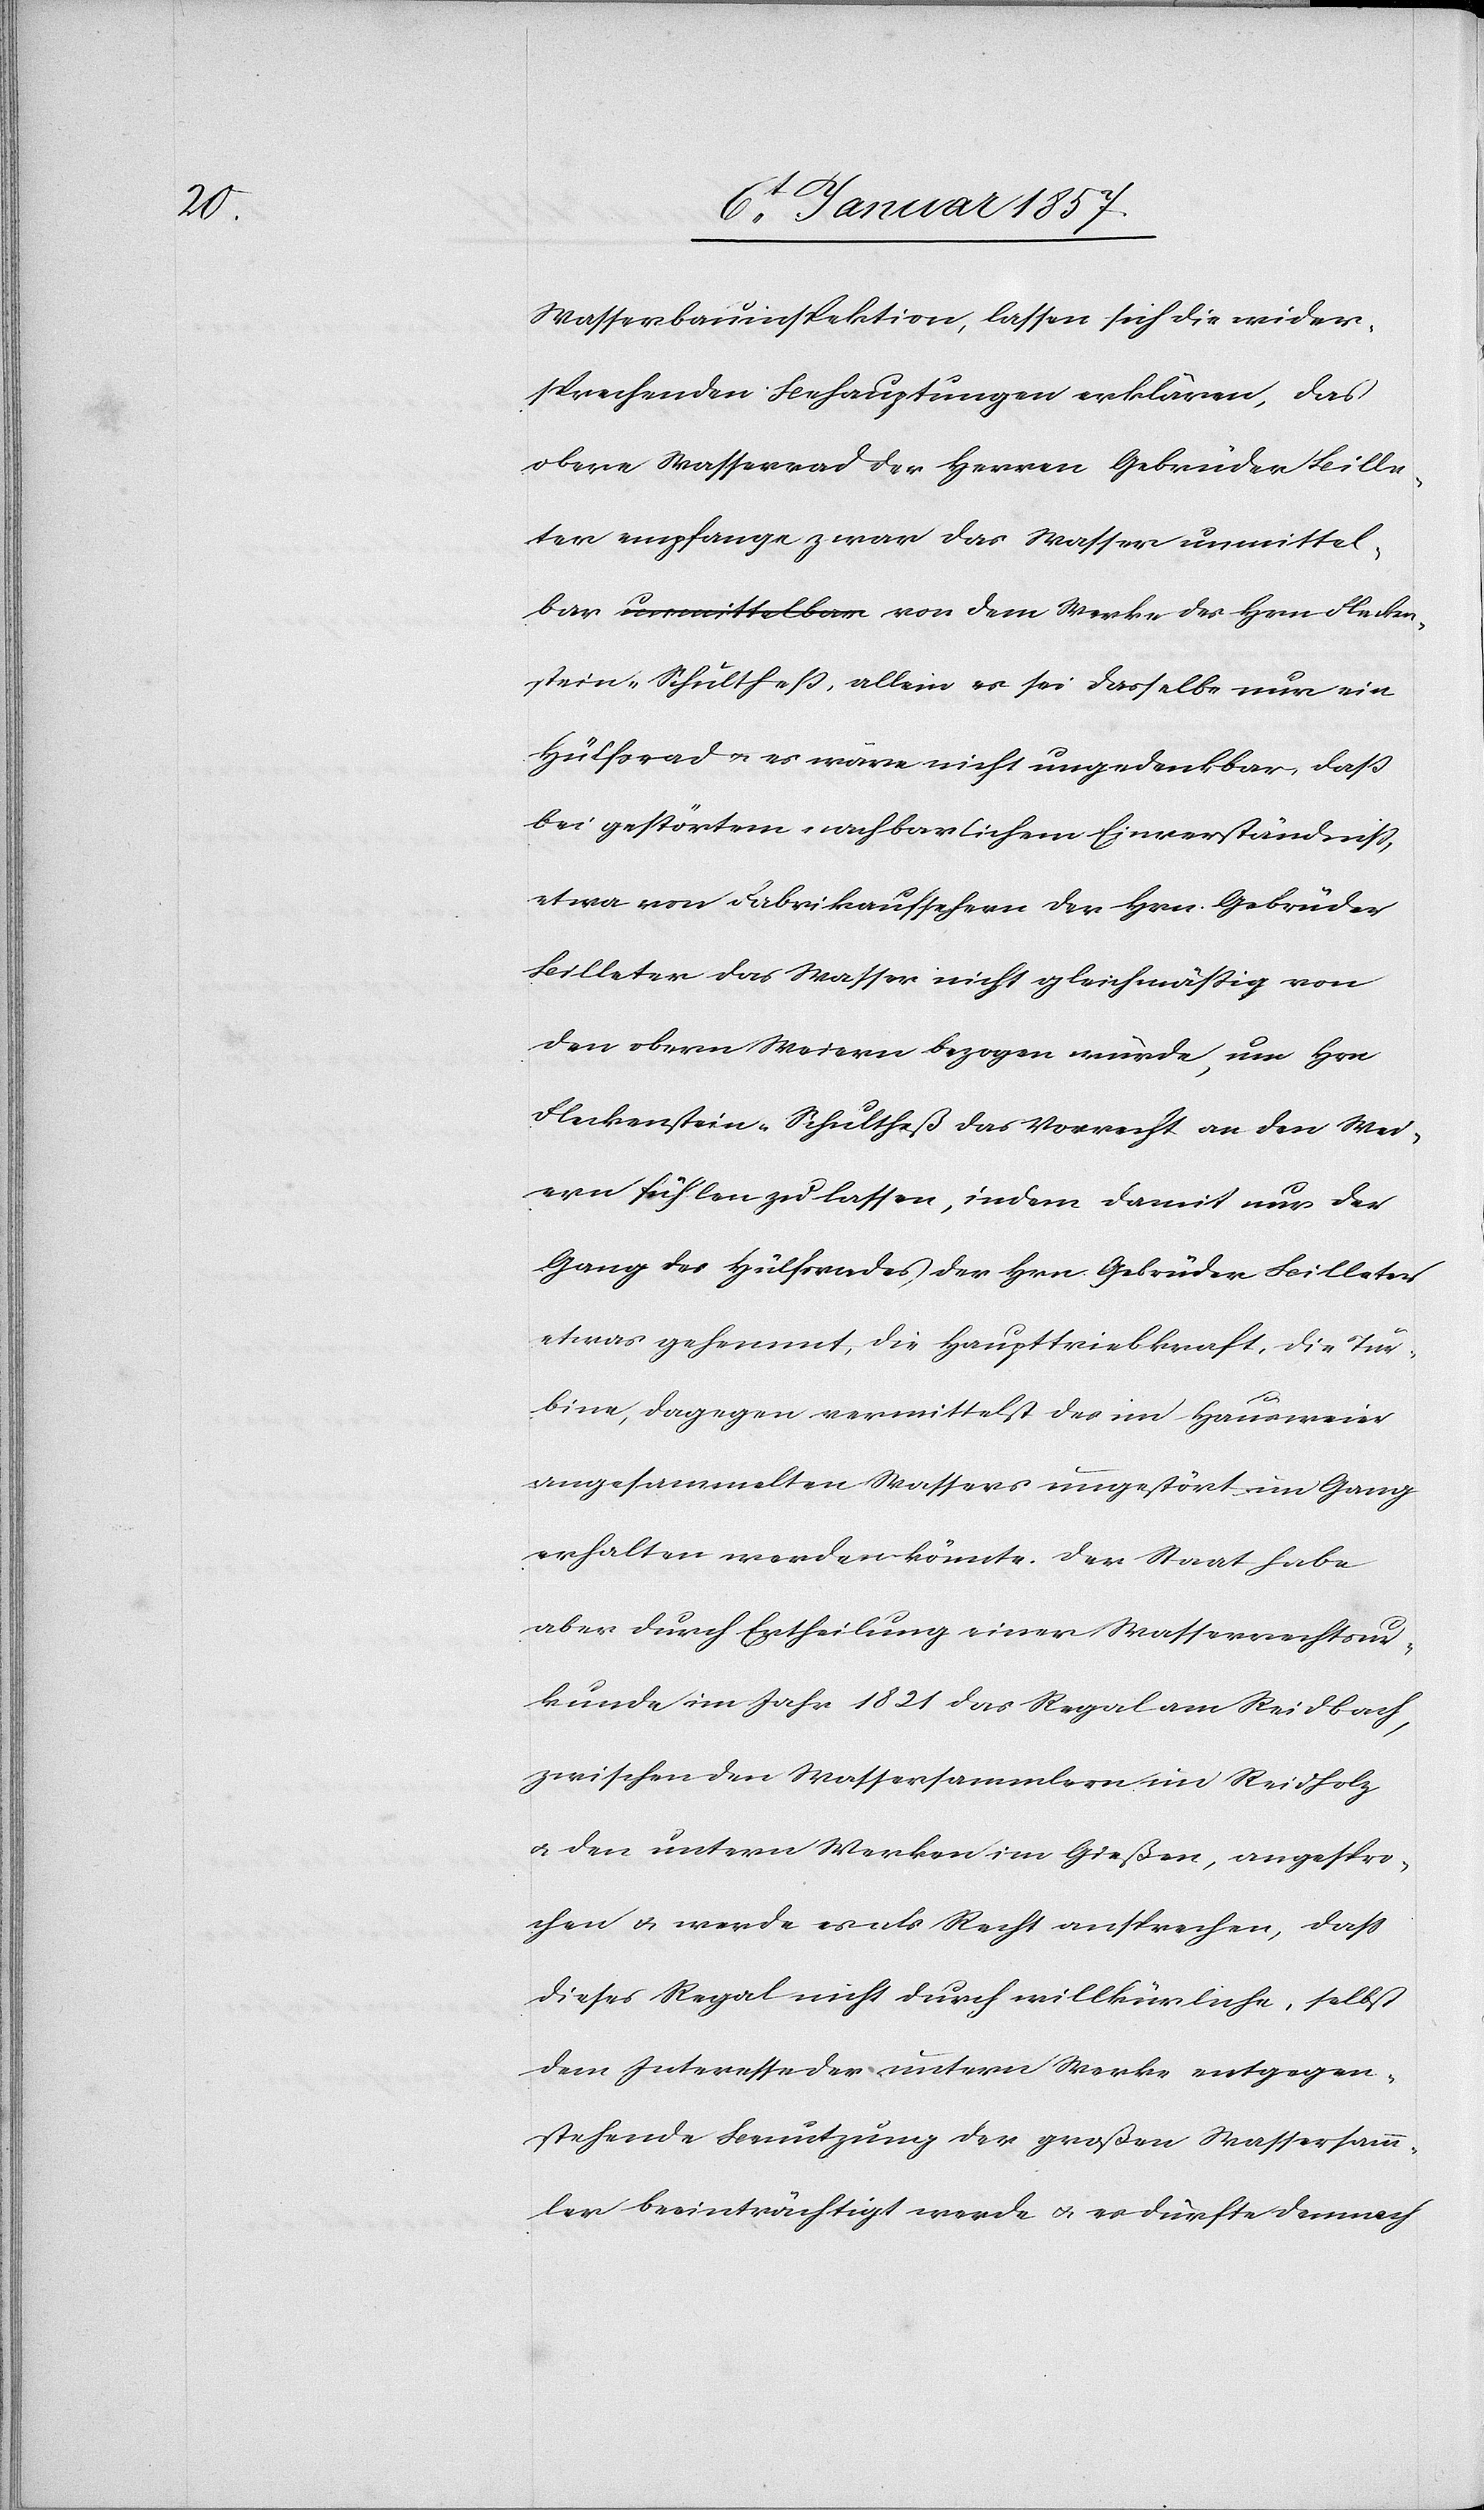
Flecken¬

Wasserbauinspektion, lassen sich die wider¬
sprechenden Behauptungen erklären, das
obere Wasserrad der Herren Gebrüder Bille¬
ter empfange zwar das Wasser unmittel¬
stein-Schultheß, allein es sei dasselbe nur ein
Hülfsrad u. es wäre nicht ungedenkbar, daß
bei gestörtem nachbarlichem Einverständniß,
etwa von Fabrikaufsehern der Hrn. Gebrüder
Billeter das Wasser nicht gleichmäßig von
den obern Weiern bezogen würde, um Hrn
Fleckenstein-Schultheß das Vorrecht an den Wei¬
ern fühlen zu lassen, indem damit nur der
Gang des Hülfsrades der Hrn Gebrüder Billeter
etwas gehemmt, die Haupttriebkraft, die Tur¬
bar
bine, dagegen vermittelst des im Hausweier
angesammelten Wassers ungestört im Gang
erhalten werden könnte. Der Staat habe
aber durch Ertheilung einer Wasserrechtsur¬
kunde im Jahr 1821 das Regal am Reidbach,
zwischen den Wassersammlern im Reidholz
u. den untern Werken im Gießen, angespro¬
chen u. werde es als Recht ansprechen, daß
dieses Regal nicht durch willkürliche, selbst
dem Interesse der untern Werke entgegen¬
stehende Benutzung der großen Wassersamm¬
ler beeinträchtigt werde u. es dürfte demnach